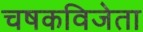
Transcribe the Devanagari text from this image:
चषकविजेता